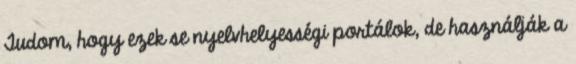
Tudom, hogy ezek se nyelvhelyességi portálok, de használják a